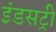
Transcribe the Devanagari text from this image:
इंडसट्री